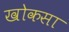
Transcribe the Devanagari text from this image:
खोकसा